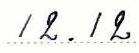
12.12